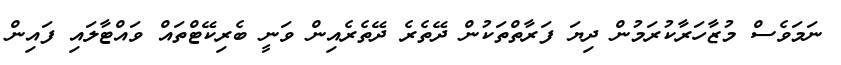
ނަމަވެސް މުޒާހަރާކުރަމުން ދިޔަ ފަރާތްތަކުން ދޭތެރެ ދޭތެރެއިން ވަނީ ބެރިކޭޓްތައް ވައްޓާލައި ފައިން